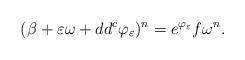
LaTeX: \begin{align*}(\beta + \varepsilon \omega + dd^c \varphi_\varepsilon)^n = e^{\varphi_\varepsilon} f \omega^n.\end{align*}